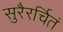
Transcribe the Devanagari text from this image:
सुरैरर्चितं